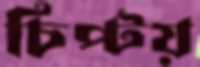
চিপ্‌টয়